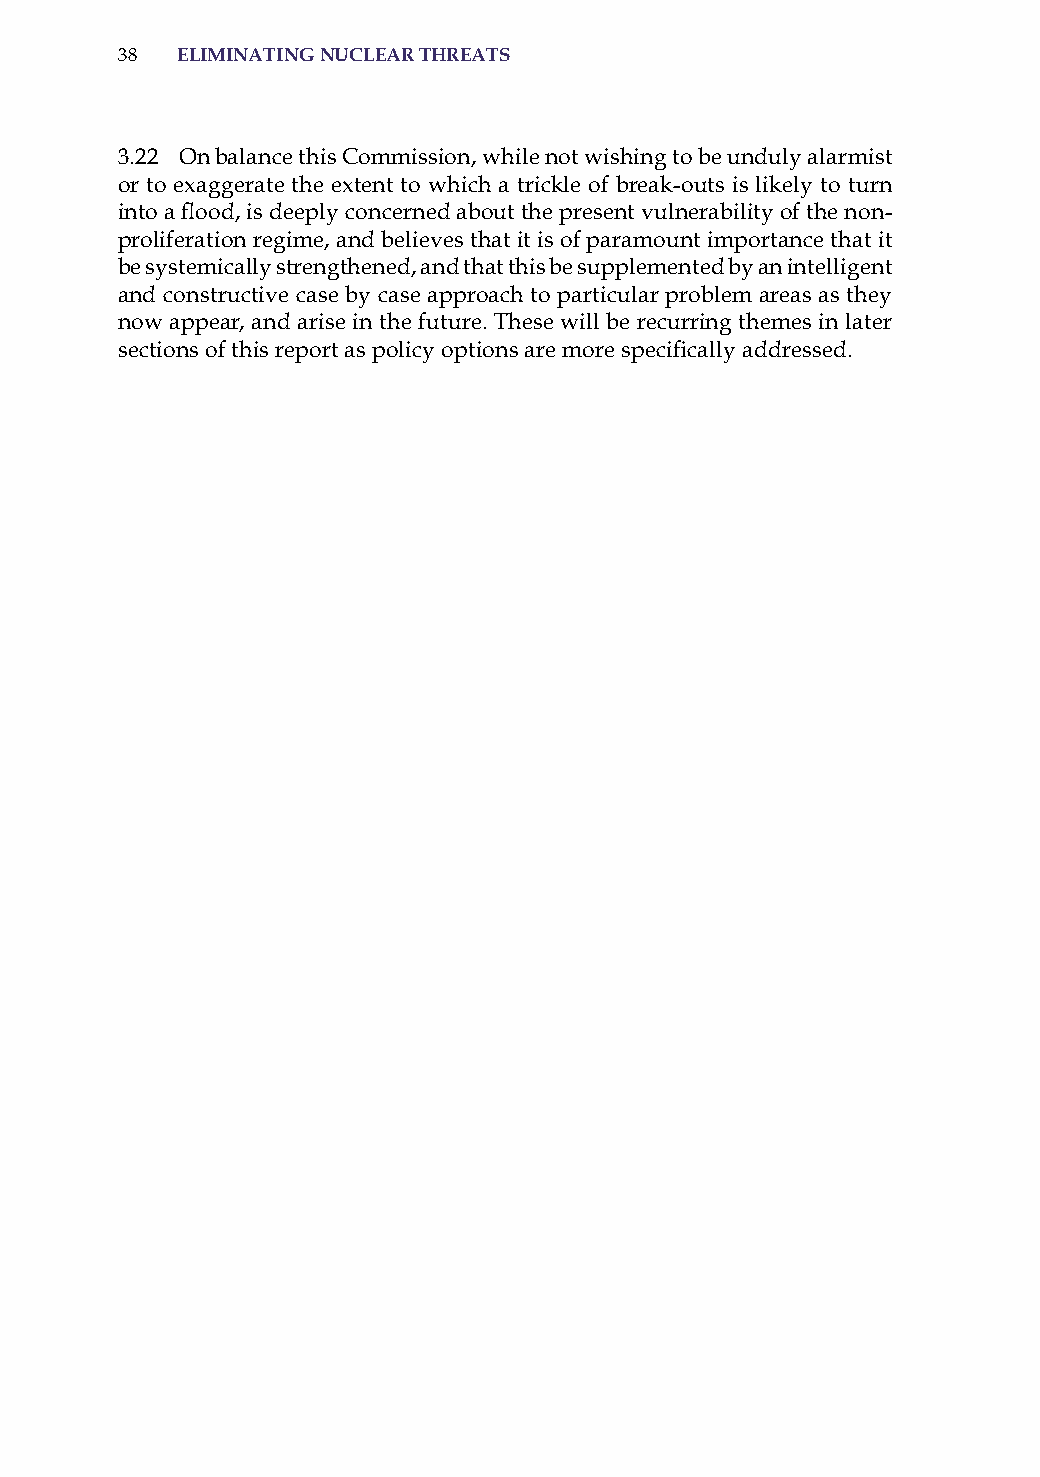
38  eliminatinG nuclear threats
 3.22 on balance this Commission, while not wishing to be unduly alarmist
 or to exaggerate the extent to which a trickle of break-outs is likely to turn
 into a flood, is deeply concerned about the present vulnerability of the non-
 proliferation regime, and believes that it is of paramount importance that it
 be systemically strengthened, and that this be supplemented by an intelligent
 and constructive case by case approach to particular problem areas as they
 now appear, and arise in the future. These will be recurring themes in later
 sections of this report as policy options are more specifically addressed.